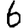
Digit: 6